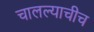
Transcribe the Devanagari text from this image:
चालल्याचीच